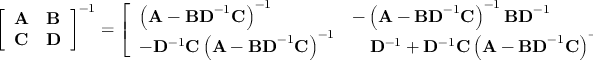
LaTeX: { \left[ \begin{array} { l l } { \mathbf { A } } & { \mathbf { B } } \\ { \mathbf { C } } & { \mathbf { D } } \end{array} \right] } ^ { - 1 } = { \left[ \begin{array} { l l } { \left( \mathbf { A } - \mathbf { B D } ^ { - 1 } \mathbf { C } \right) ^ { - 1 } } & { - \left( \mathbf { A } - \mathbf { B D } ^ { - 1 } \mathbf { C } \right) ^ { - 1 } \mathbf { B D } ^ { - 1 } } \\ { - \mathbf { D } ^ { - 1 } \mathbf { C } \left( \mathbf { A } - \mathbf { B D } ^ { - 1 } \mathbf { C } \right) ^ { - 1 } } & { \quad \mathbf { D } ^ { - 1 } + \mathbf { D } ^ { - 1 } \mathbf { C } \left( \mathbf { A } - \mathbf { B D } ^ { - 1 } \mathbf { C } \right) ^ { - 1 } \mathbf { B D } ^ { - 1 } } \end{array} \right] } .